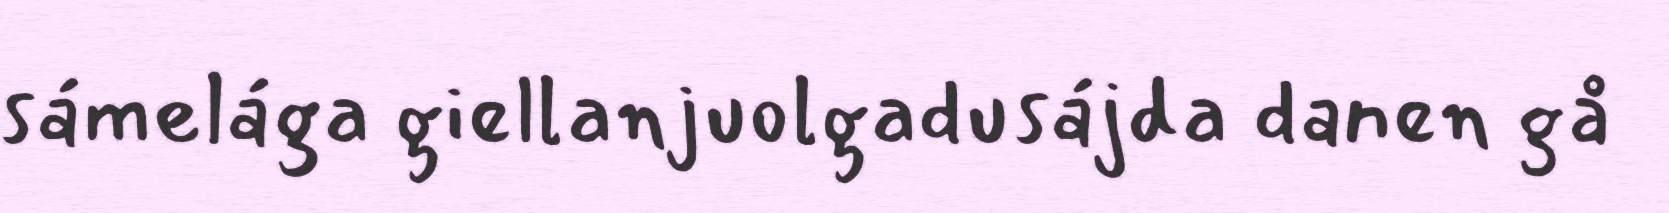
sámelága giellanjuolgadusájda danen gå